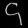
Digit: ၄